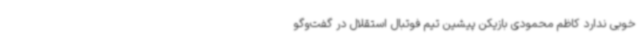
خوبی ندارد کاظم محمودی بازیکن پیشین تیم فوتبال استقلال در گفت‌وگو